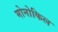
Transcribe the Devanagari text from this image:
मोनोकिल